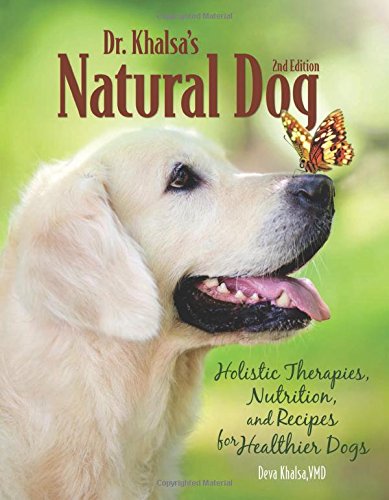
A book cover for Dr. Khalsa's Natural Dog: Holistic Therapies, Nutrition, and Recipes for Healthier Dogs; Deva Kaur Khalsa VMD; Crafts, Hobbies & Home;